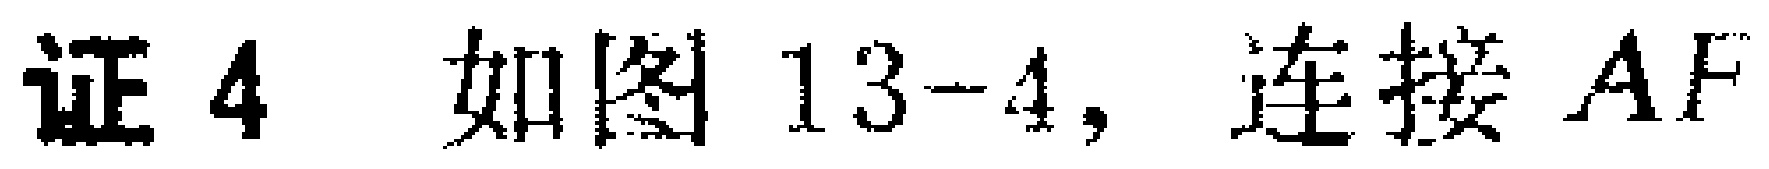
证4 如图13-4，连接 \(AF\)